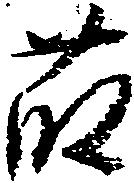
藤